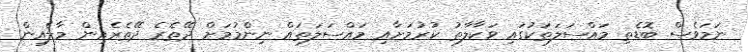
ނަމަވެސް ބޮޑެތި މައްސަލަތަކުގައި ވަކާލާތު ކުރުމަށާއި މައްސަލަތައް ނިންމުމަށް ދޭތެރެ ދޭތެރެއިން މާލެއިން